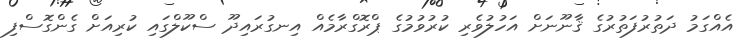
އެއްގަމު ދަތުރުފަތުރުގެ ޤާނޫނަށް އަހުލުވެރި ކުރުވުމުގެ ޕްރޮގްރާމެއް އިނގުރައިދޫ ސްކޫލްގައި ކުރިއަށް ގެންގޮސްފި